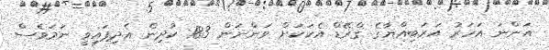
އަންނަ އަހަރު އަރަބިއްޔާގެ ގްރޭޑް އެކަކަށް ވަންނަން 183 ކުދިން އެދިފައިވީ ނަމަވެސް